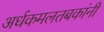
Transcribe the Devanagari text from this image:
अर्धकमलतबकांनी